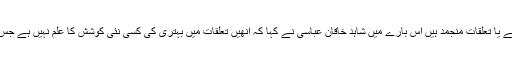
انڈیا کے ساتھ کشیدگی کم کرنے کی کوئی کوشش ہو رہی ہے یا تعلقات منجمد ہیں اس بارے میں شاہد خاقان عباسی نے کہا کہ انھیں تعلقات میں بہتری کی کسی نئی کوشش کا علم نہیں ہے جس کا مطلب ہے کہ انڈیا کے ساتھ تعلقات فل الحال منجمد ہیں۔